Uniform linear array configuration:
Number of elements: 12
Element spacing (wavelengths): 1
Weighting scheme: blackman
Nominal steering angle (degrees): -15
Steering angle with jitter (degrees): -14.504
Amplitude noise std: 0.05
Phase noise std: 0.05

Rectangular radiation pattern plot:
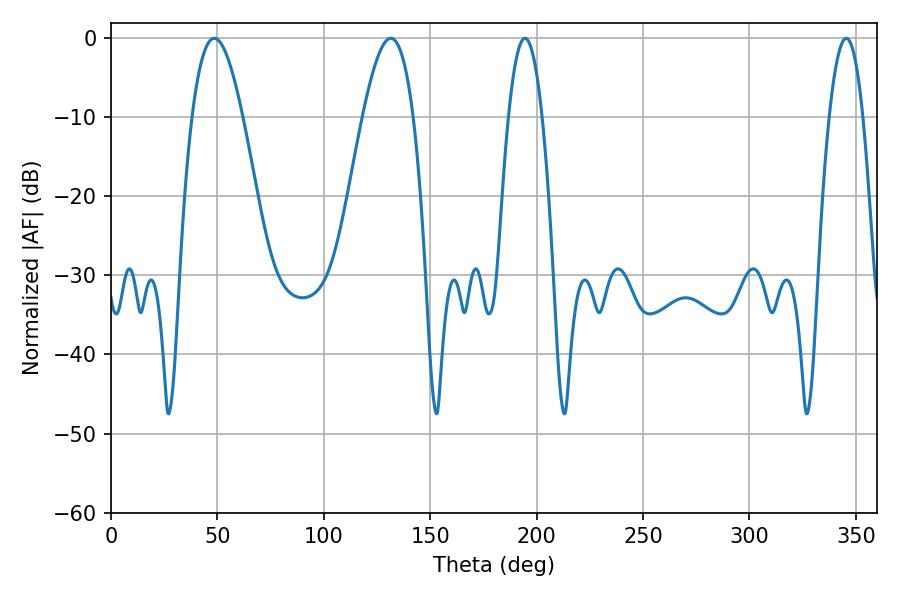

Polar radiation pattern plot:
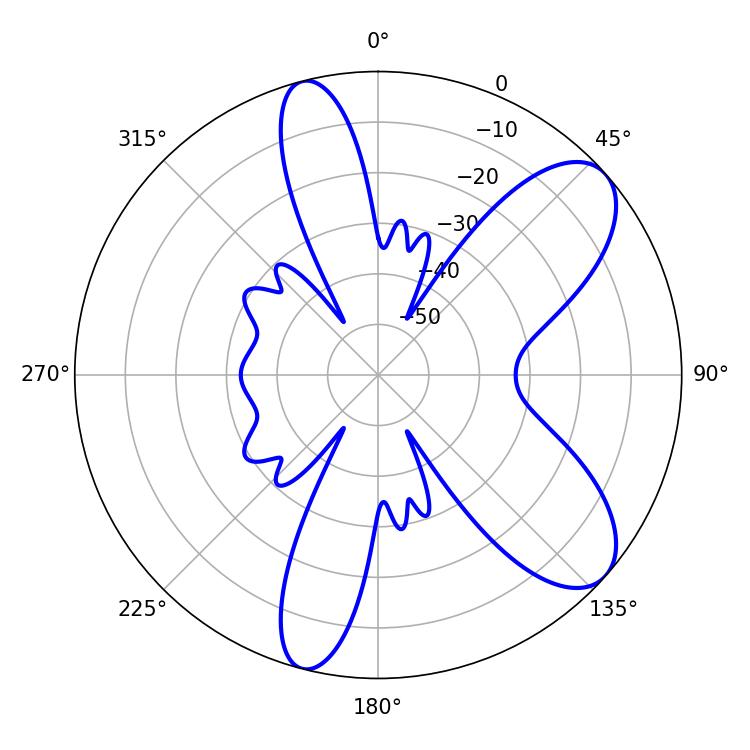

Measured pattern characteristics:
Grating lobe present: TRUE
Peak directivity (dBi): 8.43
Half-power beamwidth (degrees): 12.96
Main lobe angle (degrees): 48.6